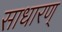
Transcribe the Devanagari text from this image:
साधारण्